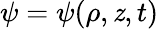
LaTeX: \psi=\psi(\rho,\mathit{z},t)